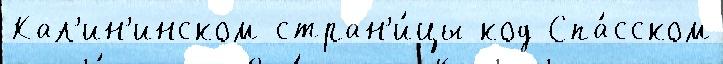
Кал'ин'инском стран'и́цы код Спа́сском